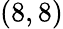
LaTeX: (8,8)